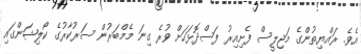
އެވެ. ރައްޔިތުންގެ މަޖިލީސް ފެށިއިރު ފަސްދޮޅަހަށް ވުރެ ގިނަ މެމްބަރުން ސަރުކާރުގެ ކޯލިޝަންގައި